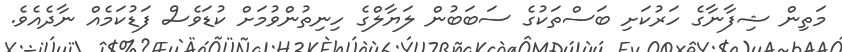
މަތިން ޝިފާނާގެ ހަރުކަށި ބަސްތަކުގެ ސަބަބުން ލަޔާލްގެ ހިނިތުންވުމަށް ކުޑަވެސް ފަޑުކަމެއް ނާދެއެވެ.